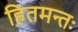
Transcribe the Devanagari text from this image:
हितमन्तः